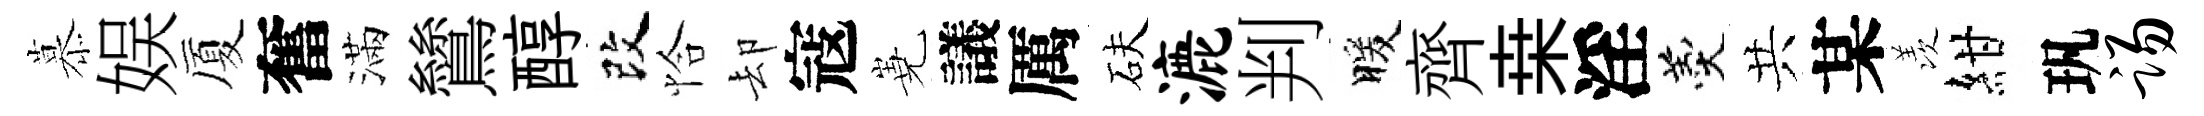
慕娱厦奮滿鷥醇改恰却寇嶤議厲砆漉判暖齊桒淫羹共某羡紺㺬踢